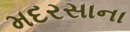
મદરસાના